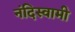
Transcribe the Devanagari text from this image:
नंदिस्वामी